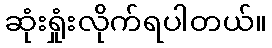
ဆုံးရှုံးလိုက်ရပါတယ်။